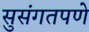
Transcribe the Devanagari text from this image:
सुसंगतपणे